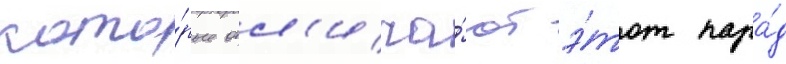
кото́рые отл'ича́ют э́тот пара́д